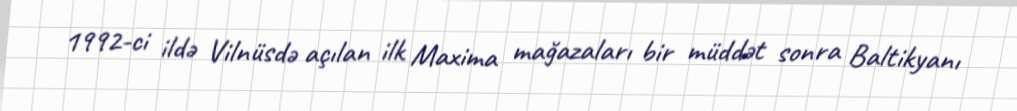
1992-ci ildə Vilnüsdə açılan ilk Maxima mağazaları bir müddət sonra Baltikyanı